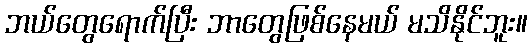
ဘယ်တွေရောက်ပြီး ဘာတွေဖြစ်နေမယ် မသိနိုင်ဘူး။